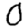
Digit: 0